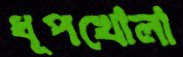
ধূপখোলা